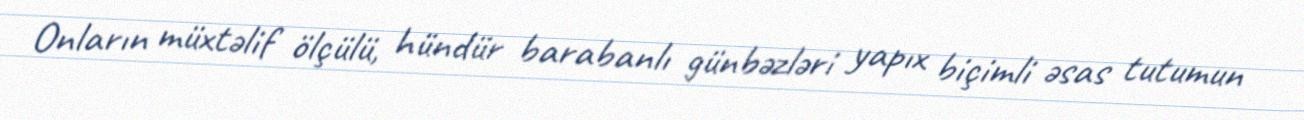
Onların müxtəlif ölçülü, hündür barabanlı günbəzləri yapıx biçimli əsas tutumun